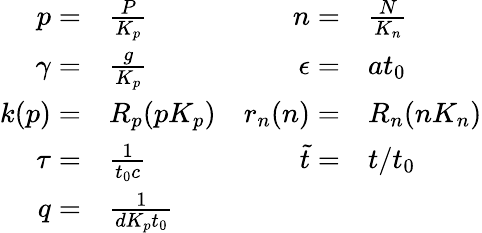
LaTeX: \begin{array}{rlrl}{p=}&{\frac{P}{K_{p}}}&{n=}&{\frac{N}{K_{n}}}\\ {\gamma=}&{\frac{g}{K_{p}}}&{\epsilon=}&{at_{0}}\\ {k(p)=}&{R_{p}(pK_{p})}&{r_{n}(n)=}&{R_{n}(nK_{n})}\\ {\tau=}&{\frac{1}{t_{0}c}}&{\tilde{t}=}&{t/t_{0}}\\ {q=}&{\frac{1}{dK_{p}t_{0}}}\end{array}